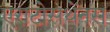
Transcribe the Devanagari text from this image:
एराटोसथेंनस